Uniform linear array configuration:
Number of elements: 48
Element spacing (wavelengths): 0.5
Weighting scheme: uniform
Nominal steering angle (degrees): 0
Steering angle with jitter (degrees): -1.143
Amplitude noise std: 0.05
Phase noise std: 0.05

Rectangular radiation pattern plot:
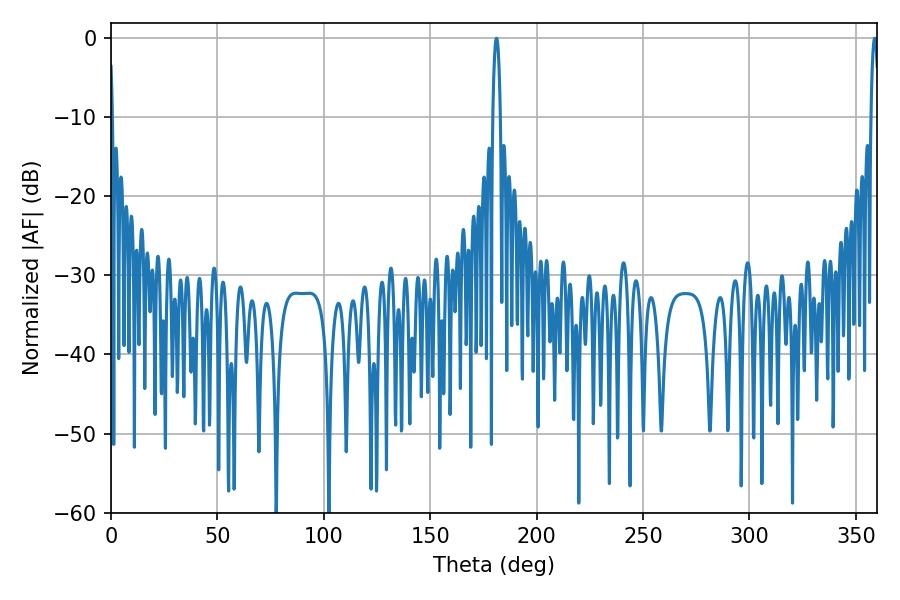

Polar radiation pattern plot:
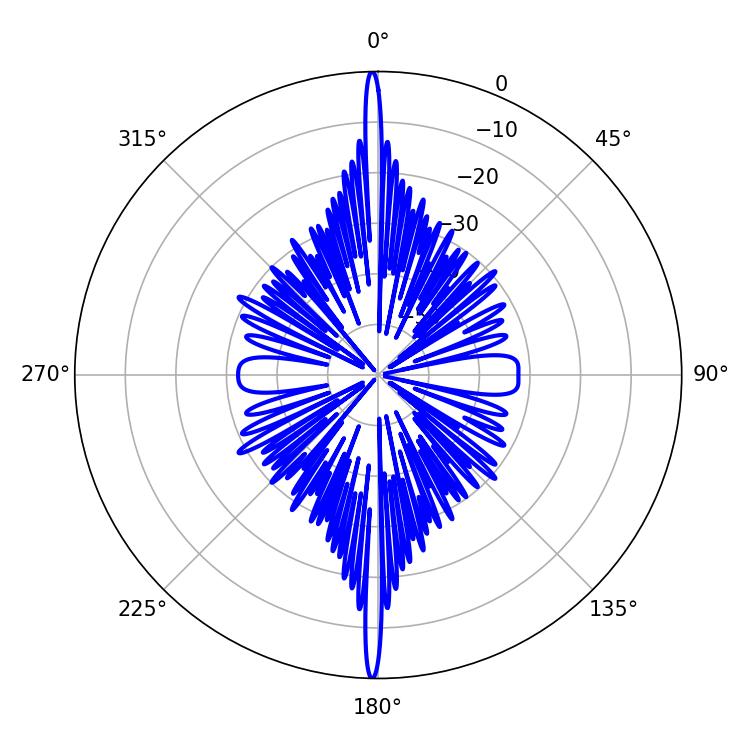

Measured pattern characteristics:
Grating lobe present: FALSE
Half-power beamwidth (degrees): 1.98
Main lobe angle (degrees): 181.08